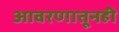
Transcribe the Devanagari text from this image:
आवरणातूनही